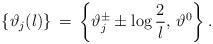
LaTeX: \begin{align*}\left\{ \vartheta _{j}(l)\right\} \, =\, \left\{ \vartheta _{j}^{\pm }\pm \log \displaystyle\frac{2}{l},\, \vartheta ^{0}\right\} .\end{align*}